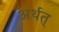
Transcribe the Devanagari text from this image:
अर्थत्